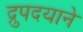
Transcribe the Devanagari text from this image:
द्रुपदयाने